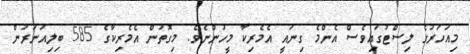
މިއަހަރުގެ ލިސްޓުގައިވެސް އެންމެ ގިނައީ އެމެރިކާ މީހުންނެވެ. މިގޮތުން އެމެރިކާގެ 585 ބިލިއަނަރުން